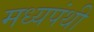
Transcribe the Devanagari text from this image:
मध्यपंथी